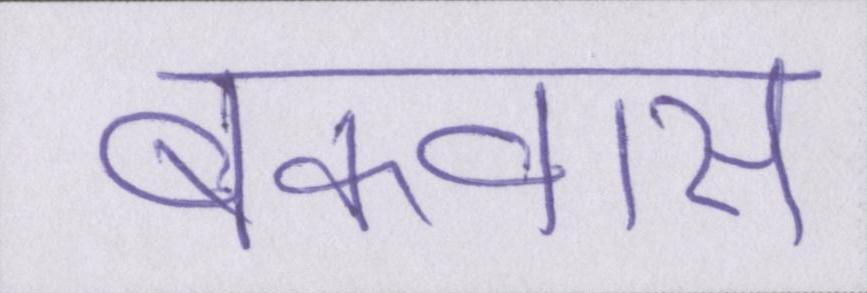
बकवास